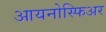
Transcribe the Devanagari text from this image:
आयनोस्फिअर